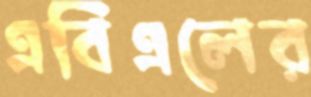
এবিএলের